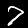
Digit: 7